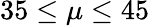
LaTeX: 35\leq\mu\leq 45